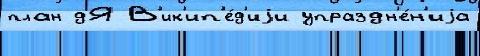
план дЯ В'ик'ип'е́д'иjи упраздн'е́н'иjа